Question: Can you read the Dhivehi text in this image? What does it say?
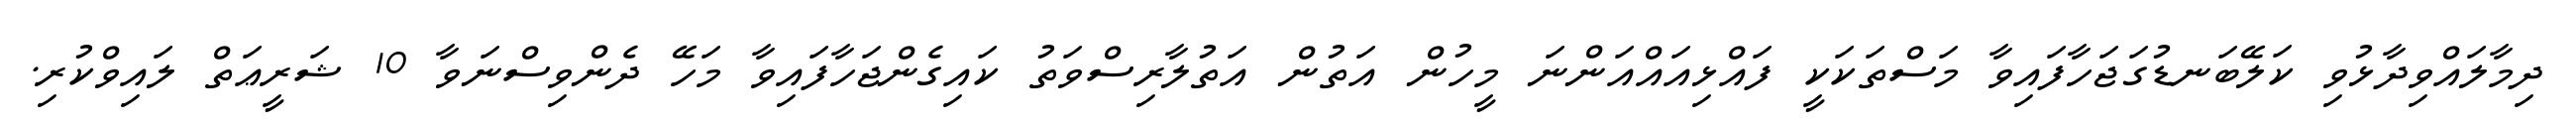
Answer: ދިމާލައްވިދާޅުވި ކަލޭބަނޑުގަޖަހާފައިވާ މަސްތަކަކީ ފައްޅިއައްއަންނަ މީހުން އަތުން އަތުލާރިސްވަތު ކައިގެންޖަހާފައިވާ މަހޭ ދެންވިސްނަވާ 10 ޝަރީޢަތް ލައިވްކުރި.